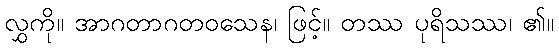
လွှကို။ အာဂတာဂတဝသေန၊ ဖြင့်။ တဿ ပုရိသဿ၊ ၏။